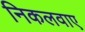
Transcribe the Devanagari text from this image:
निकलवाए